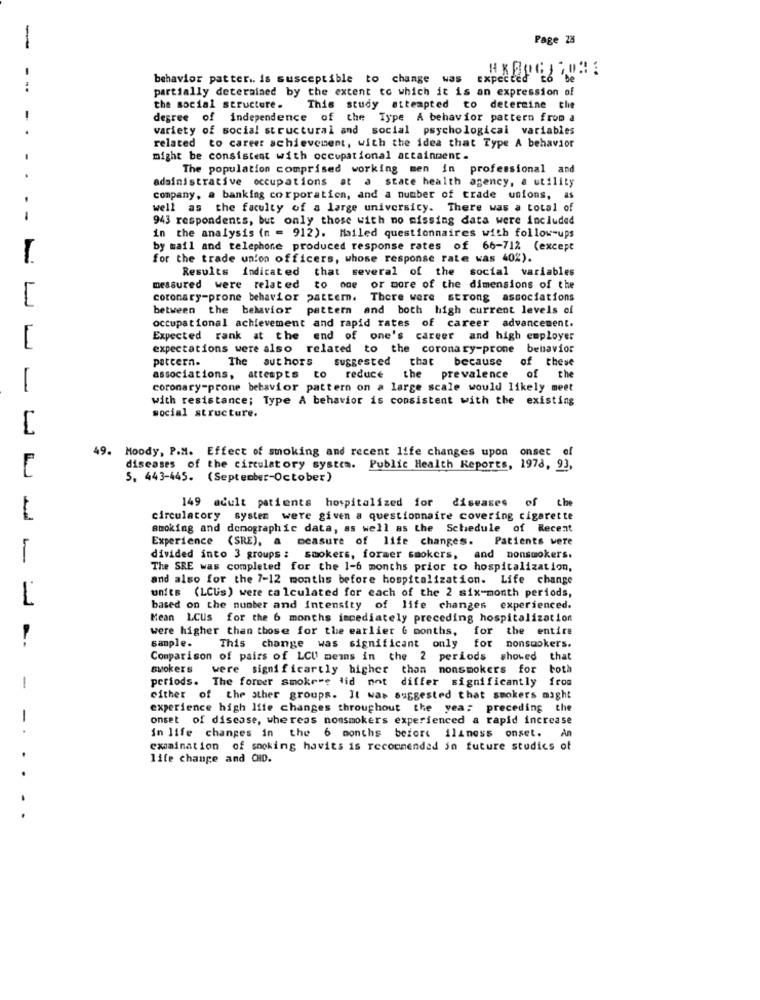
-
Page 28
behavior patter .. is susceptible to change was
Expected Ed 'be
partially determined by the extent to which it is an expression of
the social structure.
This study attempted to determine the
degree of independence of the Type A behavior pattern from a
variety of social structural and social psychological variables
related to career achievement, with the idea that Type A behavior
might be consistent with occupational attainment .
The population comprised working men in professional and
administrative occupations at a state health agency, a utility
company, a banking corporation, and a number of trade unions, as
well as the faculty of a large universicy. There was a total of
- -
943 respondents, but only those with no missing data were included
in the analysis (n = 912). Mailed questionnaires with follow-ups
by mail and telephone produced response rates of 66-712 (except
for the trade union officers, whose response rate was 40%).
Results indicated that several of the social variables
measured were related to one or more of the dimensions of the
coronary-prone behavior pattern. There were strong associations
between the behavior pattern and both high current levels of
occupational achievement and rapid rates of career advancement.
1
Expected rank at the end of one's career and high employer
expectations were also related to the coronary-prone behavior
pattern.
The authors
suggested that because of these
associations, attempts to reduce the prevalence of the
1
coronary-prone behavior pattern on a large scale would likely meet
with resistance; Type A behavior is consistent with the existing
social structure.
49.
Moody, P.M. Effect of smoking and recent life changes upon onset of
diseases of the circulatory system. Public Health Reports, 1978, 93,
5. 443-445. (September-October)
149 adult patients hospitalized for diseases of the
circulatory system were given a questionnaire covering cigarette
smoking and demographic data, as well as the Schedule of Recent
Experience (SRE), a measure of life changes. Patients were
1
divided into 3 groups: smokers, former smokers, and nonsmokers.
The SRE was completed for the 1-6 months prior to hospitalization,
and also for the 7-12 months before hospitalization. Life change
1
units (LCUs) were calculated for each of the 2 six-month periods,
based on the number and intensity of life changes experienced.
Mean LCUs for the 6 months immediately preceding hospitalization
were higher than those for the earlier 6 months, for the entire
sample-
This change was significant only for nonsmokers.
Comparison of pairs of LCU mems in the 2 periods showed that
swokers were significartly higher than nonsmokers for both
periods. The former smokers did not differ significantly from
-
either of the ather groups. It was suggested that smokers might
experience high life changes throughout the year preceding the
onset of disease, whereas nonsmokers experienced a rapid increase
-.
in life changes in the 6 months before iliness onset. An
examination of smoking havits is recommended in future studies of
.
life change and CHO.